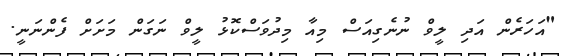
"އަހަރެން އަދި ލީވް ނުނެގިއަސް މިއާ މިދުވަސްކޮޅު ލީވް ނަގަން މަށަށް ފެންނަނީ.